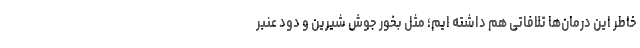
خاطر این درمان‌ها تلافاتی هم داشته ایم؛ مثل بخور جوش شیرین و دود عنبر